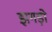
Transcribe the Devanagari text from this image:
झगड़ो